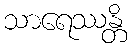
သာရေဿန္တိ